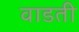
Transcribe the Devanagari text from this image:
वाडती